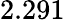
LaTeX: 2.291